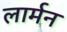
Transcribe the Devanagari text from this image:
लार्मन